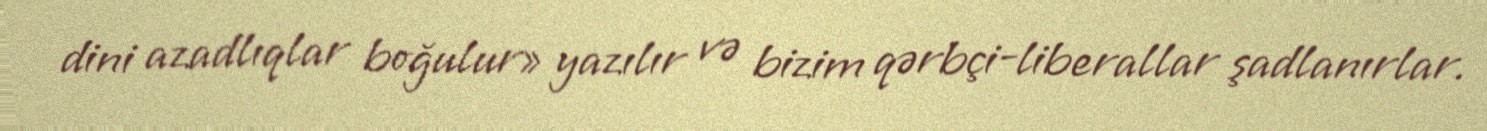
dini azadlıqlar boğulur» yazılır və bizim qərbçi-liberallar şadlanırlar.